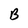
Character: B